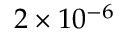
2 \times 1 0 ^ { - 6 }